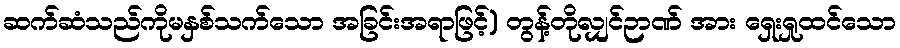
ဆက်ဆံသည်ကိုမနှစ်သက်သော အခြင်းအရာဖြင့်) တွန့်တိုလျှင်ဉာဏ် အား ရှေးရှုထင်သော